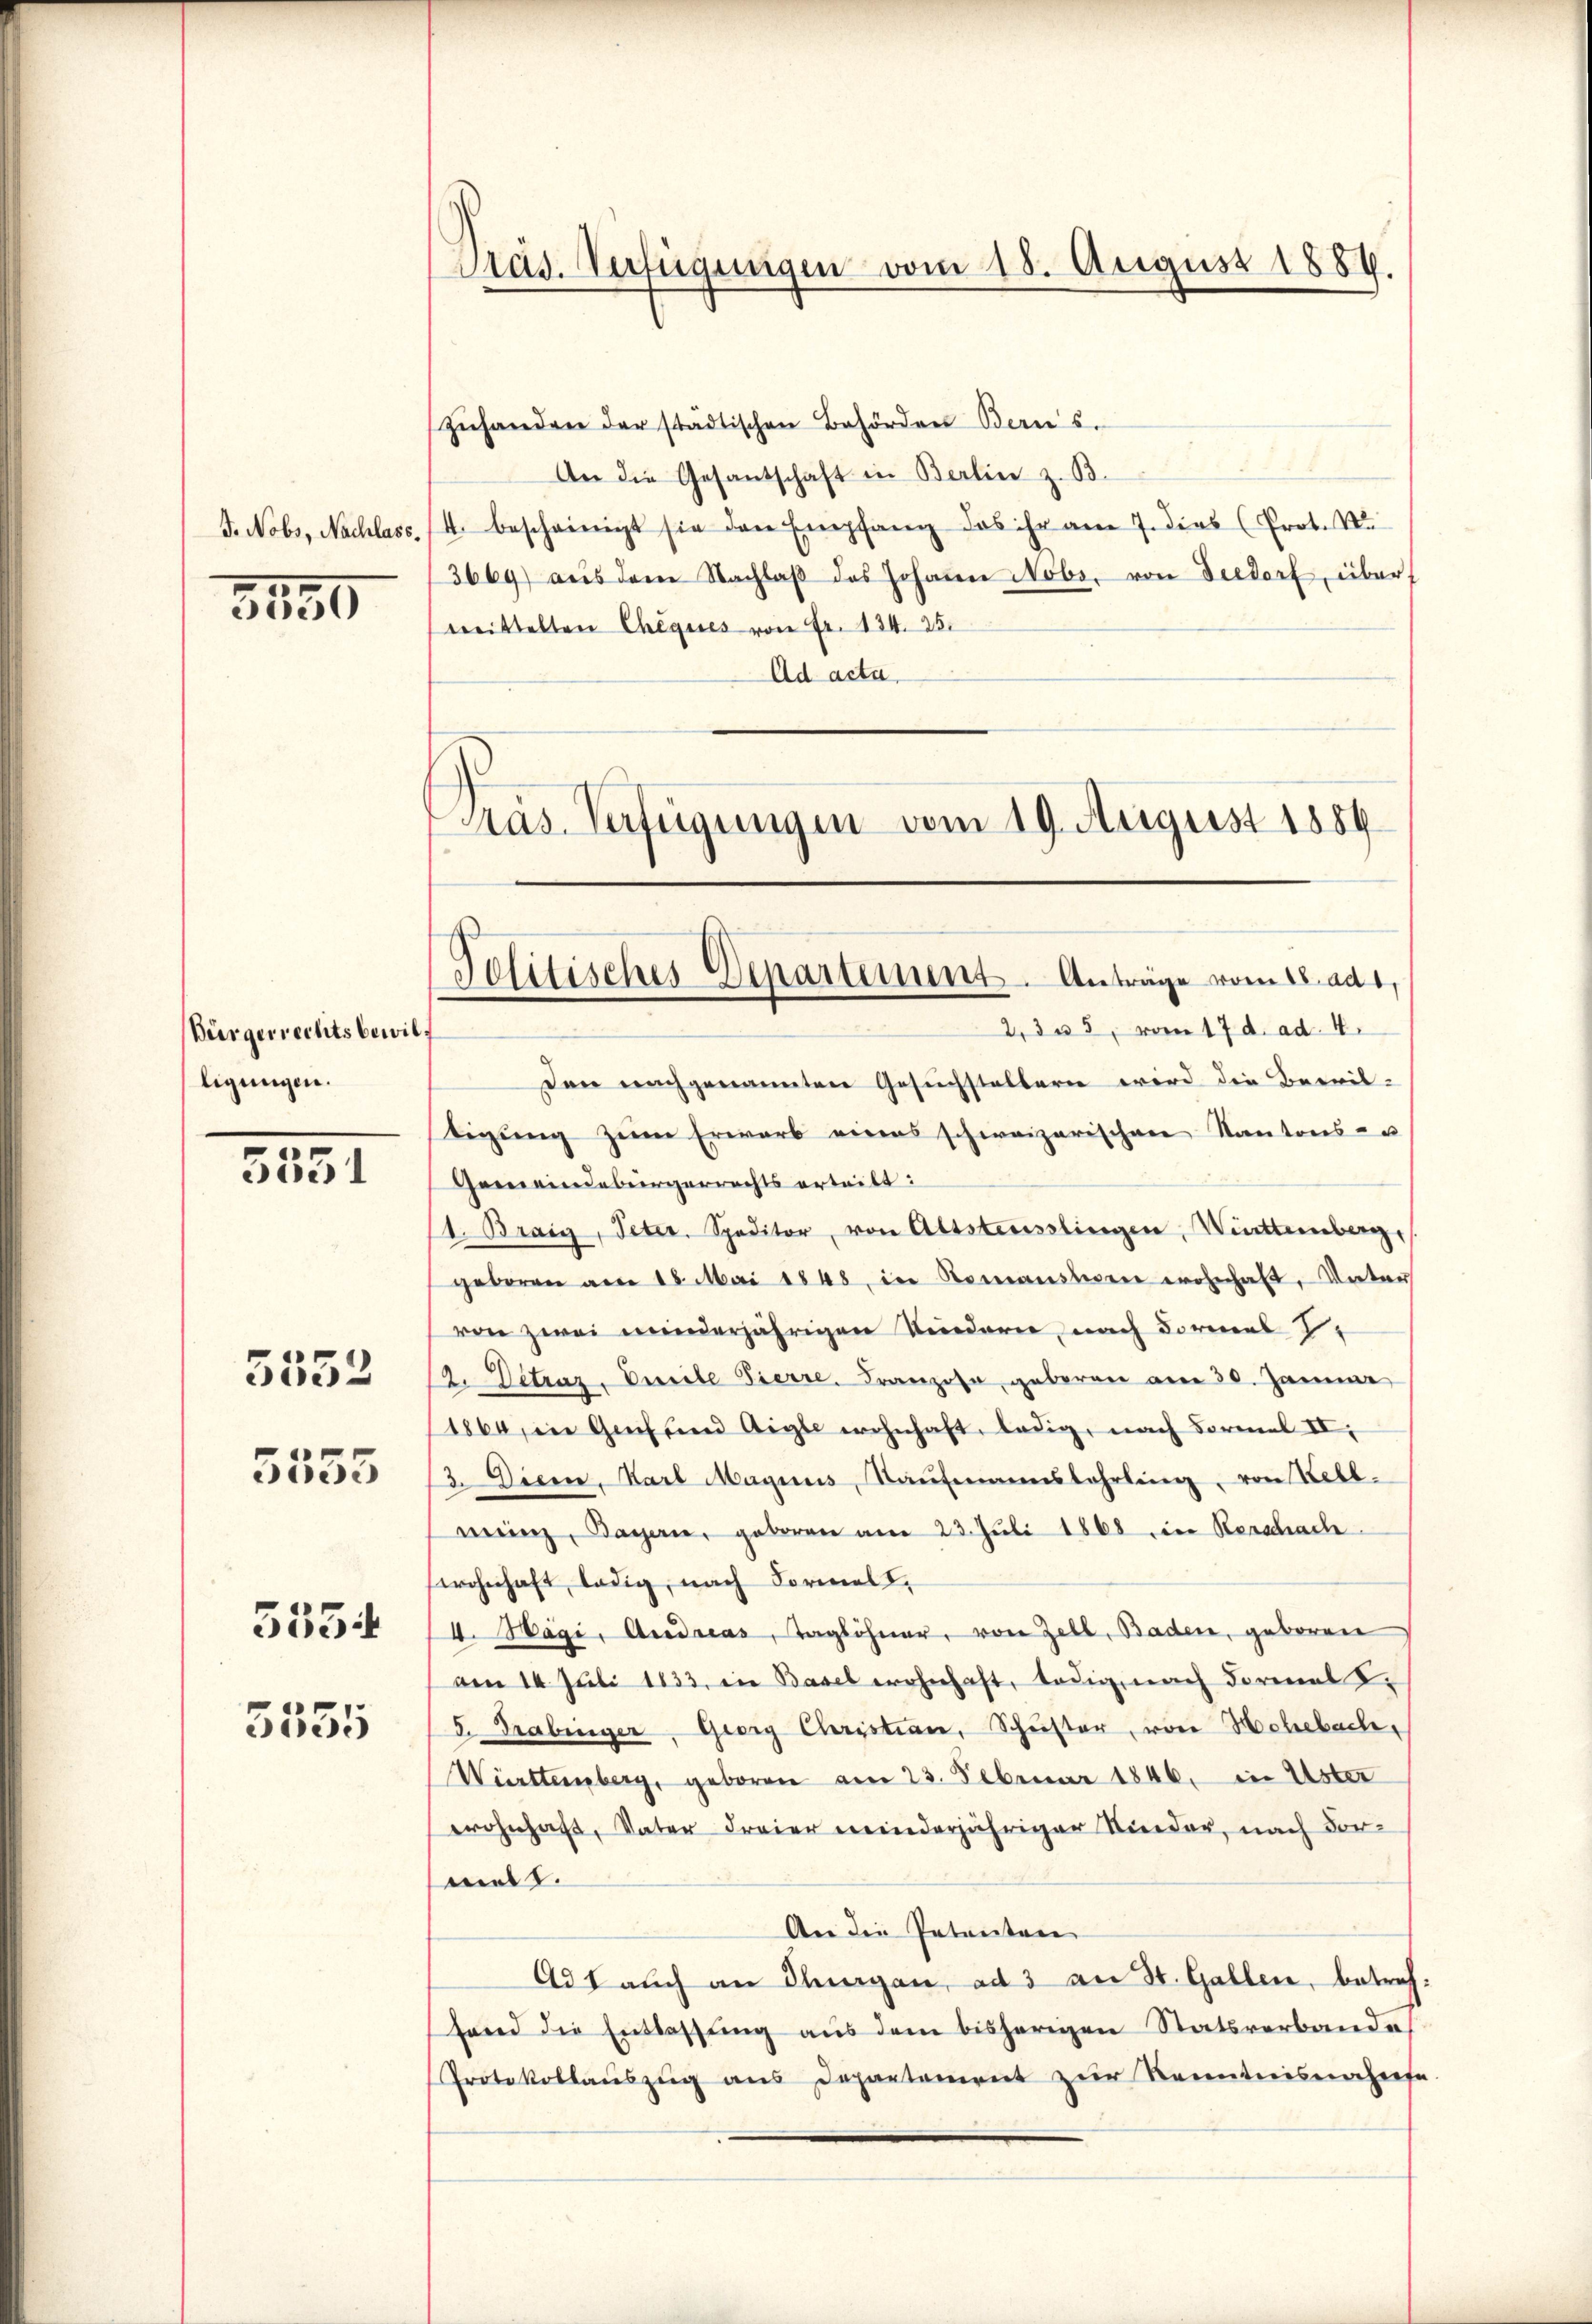
5150

Bürgerrechts bewilligungen.

.
5551

5552

5555

5334

3555

Präs. Verfügungen vom 18. August 1889.

zŭhanden der städtischen Behörden Bern s.
m
An die Gesantschaft in Berlin z. B.
J. Nobs, Nachlass. (4. bescheinigt sie den Empfang das ihr am 7. dies (Prot. We
3669 aŭs dem Nachlaβ des Johanne Nobr. von Seedorf, über
mittelten Cheques von Fr. 134. 25.
Ad acta.
s
Präs. Verfügungen vom 19. August 1884

Politisches Departement. Anträge vom 18. ad 1.
2,305, vom 17. d. ad. 4.

Den nachgenannten Gesuchstellern wird die Bewil-
tigŭng zŭm Erwarb eines schweizerischen Kantons- u
Gemeindebürgerrechts erteilt:
1. Brais, Peter. Speditor, von Altsteusslingen, Wittemberg,
geboren am 18. Mai 1848, in Romansten wohnhaft, Unter
von zwei minderjährigen Kindern, nach Formal 2.
2. Detzaz, Dreite Pierre. Franzose, geboren am 30. Jänne
1860, in Genf und Aigle wohnhaft, ledig, nach Formel II.
3. Disen, Karl Magius, Kaŭfmannsbahrling, von Kell
mein, Bayern, geboren am 23. Juli 1868 ein Kerschache
wohnhaft, ledig, nach Formel,
I. Hägi, Andreas, Taglöhner, von Zell, Baden, geboren
am 14. Juli 1833, in Basel wohnhaft, ledig, nach Formal S.
5. Grabinger, Georg Christian, Schuster, von Hohebach,
Württemberg, geboren am 23. Februar 1846. in Uster
wohnhaft, Vater Freier meinderjähriger Kinder, nach Vormet.
An die Petenten
421 auch an Thurgau, ad 3 an St. Gallen, betrefhand die Entlassung aus dem bisherigen Statsverbandes
Protokollauszug aus Departement zur Kenntnisnahmese